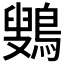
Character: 𱈷